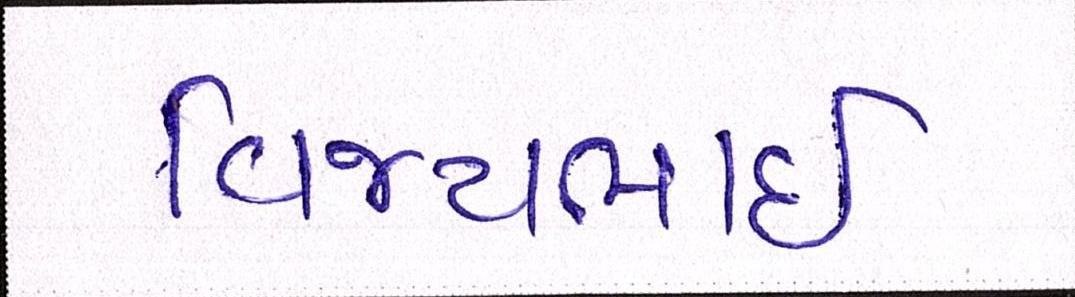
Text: વિજયભાઈ